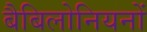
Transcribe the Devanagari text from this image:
बैबिलोनियनों